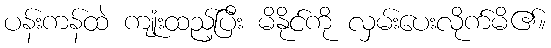
ပန်းကန်ထဲ ကျုံးထည့်ပြီး မိနိုင်ကို လှမ်းပေးလိုက်မိ၏။